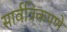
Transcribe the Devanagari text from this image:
सार्वत्रिकपणे